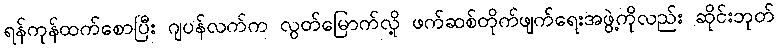
ရန်ကုန်ထက်စောပြီး ဂျပန်လက်က လွတ်မြောက်လို့ ဖက်ဆစ်တိုက်ဖျက်ရေးအဖွဲ့ကိုလည်း ဆိုင်းဘုတ်